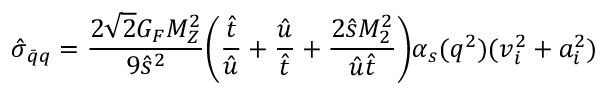
{ \hat { \sigma } } _ { { \bar { q } } q } = { \frac { 2 { \sqrt 2 } G _ { F } M _ { Z } ^ { 2 } } { 9 { \hat { s } } ^ { 2 } } } \biggl ( { \frac { \hat { t } } { \hat { u } } } + { \frac { \hat { u } } { \hat { t } } } + { \frac { 2 { \hat { s } } M _ { 2 } ^ { 2 } } { { \hat { u } } { \hat { t } } } } \biggr ) \alpha _ { s } ( q ^ { 2 } ) ( v _ { i } ^ { 2 } + a _ { i } ^ { 2 } )